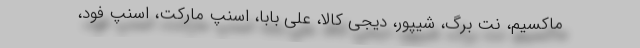
ماکسیم، نت برگ، شیپور، دیجی کالا، علی بابا، اسنپ مارکت، اسنپ فود،